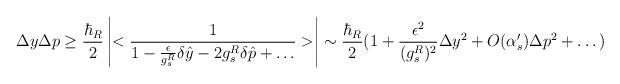
LaTeX: \begin{align*}\Delta y \Delta p \ge \frac{\hbar_R}{2} \left| <\frac{1}{1 -{\epsilon \over g_s^R}\delta{\hat y}-2 g_s^R \delta{\hat p}+ \dots }>\right|\sim \frac{\hbar_R}{2} (1 + {\epsilon ^2\over (g_s^R)^2} \Delta y^2 + O(\alpha_s^{\prime})\Delta p ^2 + \dots ) \end{align*}